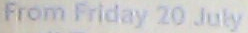
From Friday 20 July